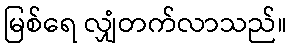
မြစ်ရေ လျှံတက်လာသည်။